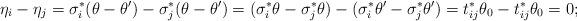
LaTeX: \begin{gather*} \eta_i - \eta_j = \sigma^*_i (\theta - \theta' ) - \sigma^*_j(\theta - \theta')= (\sigma^*_i \theta - \sigma^*_j \theta) - (\sigma^*_i \theta' - \sigma^*_j \theta') = t_{ij}^* \theta_0 - t_{ij}^* \theta_0 = 0;\end{gather*}